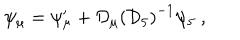
\psi _ { \mu } = \psi _ { \mu } ^ { \prime } + { \cal D } _ { \mu } \left( { \cal D } _ { 5 } \right) ^ { - 1 } \psi _ { 5 } \ ,